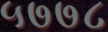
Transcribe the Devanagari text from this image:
५७७८